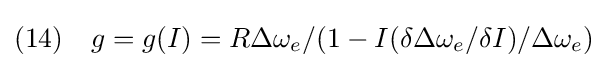
(14)\quad g=g(I)=R\Delta \omega _{e}/(1-I(\delta \Delta \omega _{e}/\delta I)/\Delta \omega _{e})